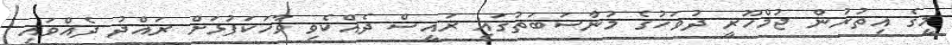
މީގެ އިތުރުން ޖުމްހޫރީ ދުވަހުގެ މުނާސަބަތުގައި ރައީސް ދެއްކެވި ވާހަކަފުޅަށް ރައްދު ދެއްވައި